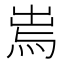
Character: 𤉐